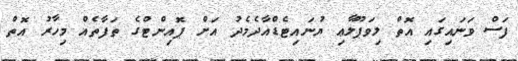
ފަސް ވަނައިގައި އޮތް ލިވަޕޫލާޢި ޔުނައިޓެޑްއާދެމެދު އަށް ޕޮއިންޓްގެ ތަފާތެއް މިހާރު އޮތް